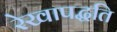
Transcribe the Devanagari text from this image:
रेखापद्धति